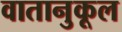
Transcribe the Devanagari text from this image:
वातानुकूल